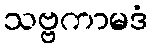
သဗ္ဗကာမဒံ